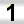
Digit: 1